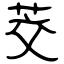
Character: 茭